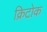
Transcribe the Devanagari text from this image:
क्रिटोक